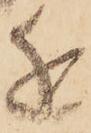
近